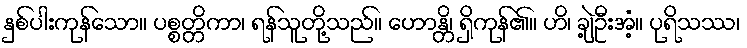
နှစ်ပါးကုန်သော။ ပစ္စတ္တိကာ၊ ရန်သူတို့သည်။ ဟောန္တိ၊ ရှိကုန်၏။ ဟိ၊ ချဲ့ဦးအံ့။ ပုရိသဿ၊